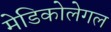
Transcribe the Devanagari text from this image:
मेडिकोलेगल